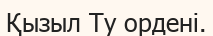
Қызыл Ту ордені.